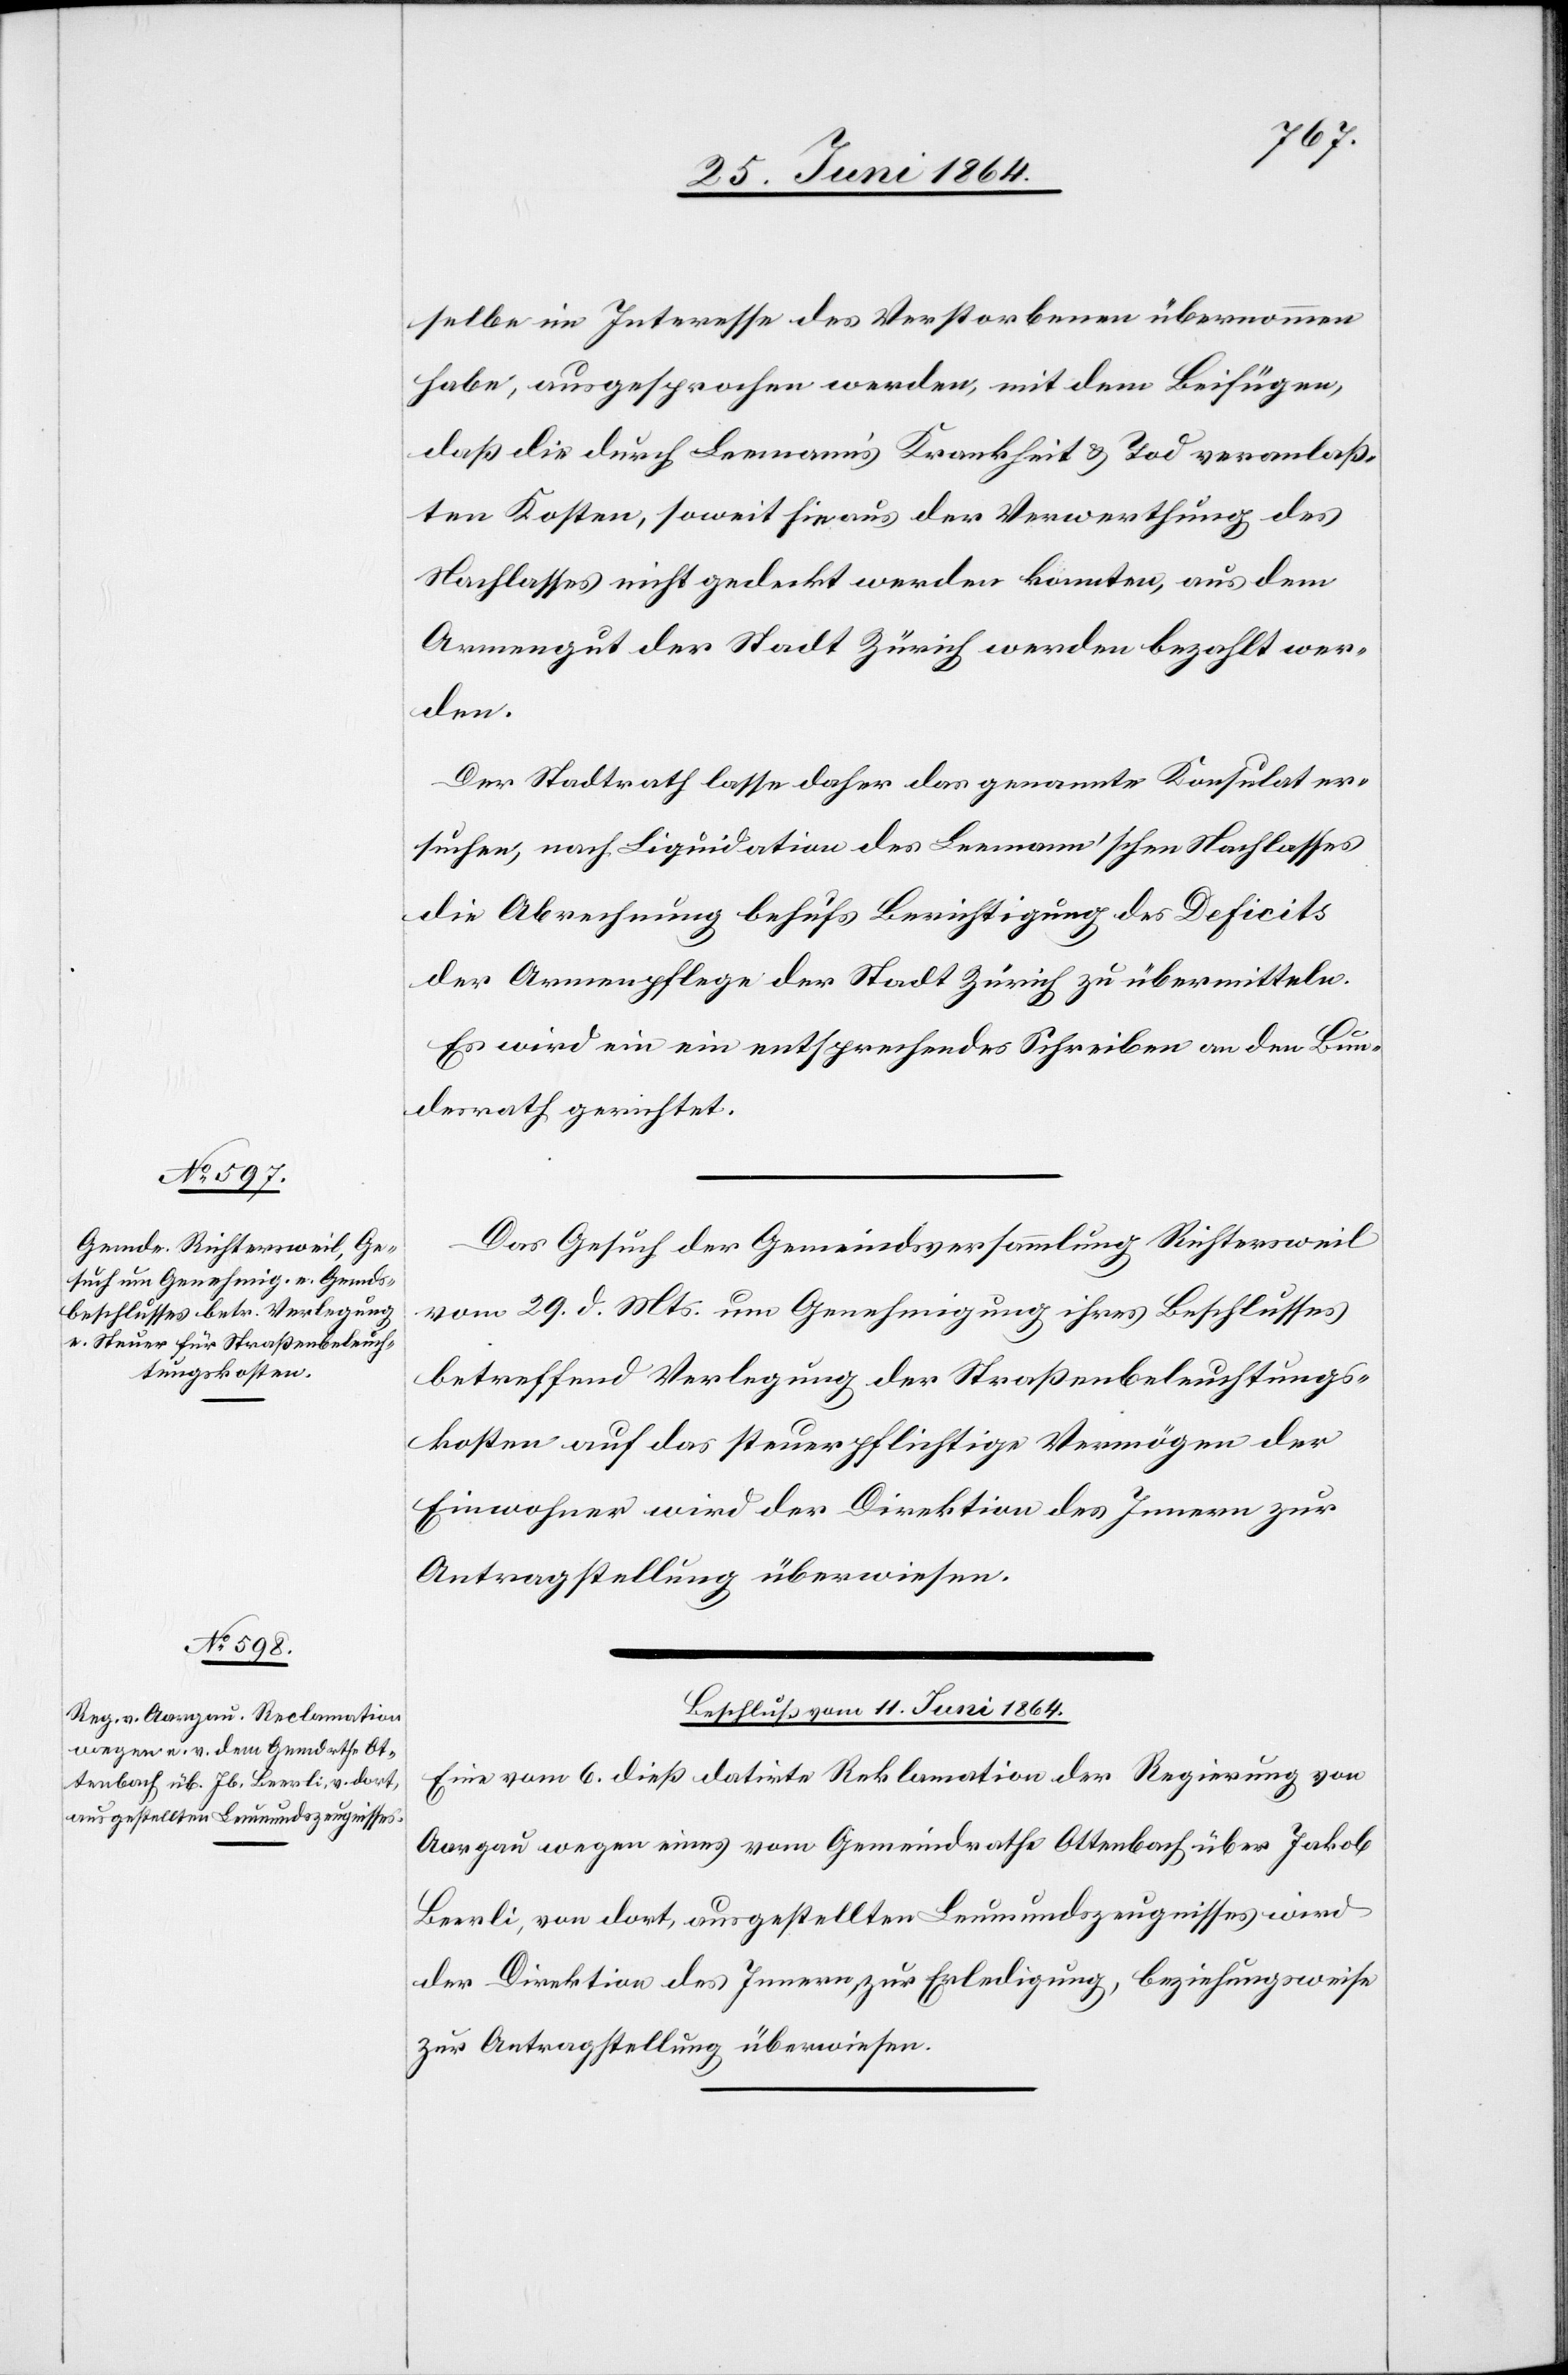
selbe im Interesse des Verstorbenen übernommen
habe, ausgesprochen werden, mit dem Beifügen,
daß die durch Leemann’s Krankheit u. Tod veranlaß¬
ten Kosten, soweit sie aus der Verwerthung des
Nachlasses nicht gedeckt werden konnten, aus dem
Armengut der Stadt Zürich werden bezahlt wer¬
den
Der Stadtrath lasse daher das genannte Konsulat er¬
suchen, nach Liquidation des Leemann’schen Nachlasses
die Abrechnung behufs Berichtigung des Deficits
der Armenpflege der Stadt Zürich zu übermitteln.
Es wird ein entsprechendes Schreiben an den Bun¬
desrath gerichtet.
Das Gesuch der Gemeindsversammlung Richtersweil
vom 29. d. Mts. um Genehmigung ihres Beschlusses
betreffend Verlegung der Straßenbeleuchtungs¬
kosten auf das steuerpflichtige Vermögen der
Einwohner wird der Direktion des Innern zur
Antragstellung überwiesen.
Beschluss vom 11. Juni 1864.
Eine vom 6. dieß datirte Reklamation der Regierung von
Aargau wegen eines vom Gemeindrathe Ottenbach über Jakob
Beerli von dort, ausgestellten Leumundszeugnisses wird
der Direktion des Innern zur Erledigung, beziehungsweise
zur Antragstellung überwiesen.